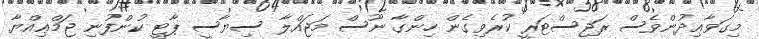
މިގަވާޢިދުންވެސް ރަޖިސްޓަރީ ކުރެވިގެން ހިންގާ ނޫސް މަޖައްލާ ސިޔާސީ ޕާޓީ ކުންފުނި ޖަމްޢިއްޔާ